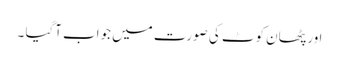
اور پٹھان کوٹ کی صورت میں جواب آگیا ۔